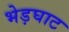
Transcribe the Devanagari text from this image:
भेड़घाट